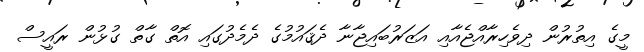
މީގެ އިތުރުން ދިވެހިރާއްޖެއާއި އަޒަރުބައިޖާނާ ދެޤައުމުގެ ދެމެދުގައި އޮތް ގާތް ގުޅުން ރައީސް